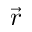
\vec { r }